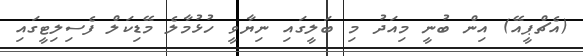
(އެޗްޕީއޭ) އިން ބުނީ މިއަދު މި ބަލީގައި ނިޔާވީ ހުޅުމާލެ މޭޑިކަލް ފެސިލިޓީގައި